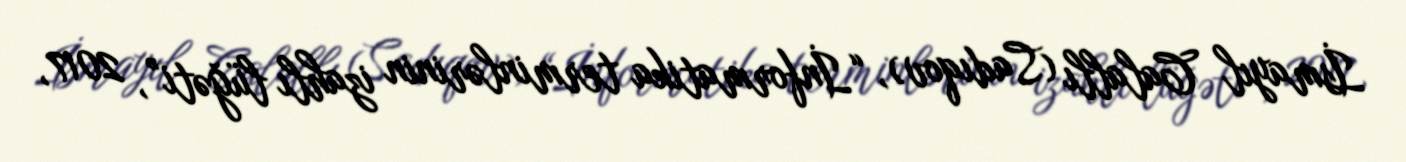
İsmayıl Calallı (Sadıqov), “İnformatika terminlərinin izahlı lüğəti”, 2017,